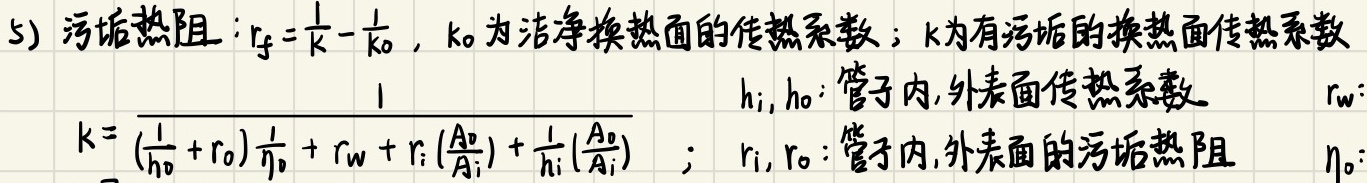
5) 污垢热阻：\(r_f =\frac{1}{k}-\frac{1}{k_0}\)，\(k_0\)为洁净换热面的传热系数；\(k\)为有污垢的换热面传热系数
\(k = \frac{1}{(\frac{1}{h_0}+r_0)\frac{1}{\eta_0}+r_w + r_i(\frac{A_0}{A_i})+\frac{1}{h_i}(\frac{A_0}{A_i})}\) ； \(h_i,h_0\)：管子内,外表面传热系数  \(r_w\)：
 \(r_i,r_0\)：管子内,外表面的污垢热阻  \(\eta_0\)：